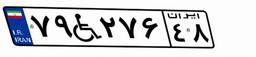
۳۷W۵۰۷۸۲